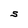
Character: S